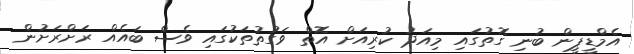
އެމްޑީޕީން ބުނި ގޮތުގައި މިއަދު ކުރިއަށް އޮތް ވަގުތުތަކުގައި ވެސް ބައެއް ރަށްރަށުން